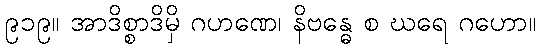
၉၁၉။ အာဒိစ္စာဒိမှိ ဂဟဏေ၊ နိဗန္ဓေ စ ဃရေ ဂဟော။